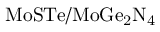
\mathrm { M o S T e / M o G e _ { 2 } N _ { 4 } }